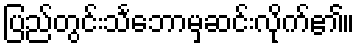
ပြည်တွင်းသင်္ဘောမှဆင်းလိုက်၏။